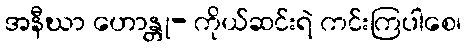
အနီဃာ ဟောန္တု- ကိုယ်ဆင်းရဲ ကင်းကြပါစေ၊